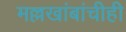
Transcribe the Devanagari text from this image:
मल्लखांबांचीही